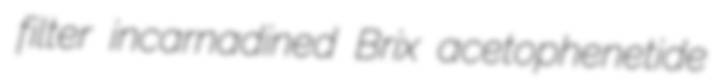
filter incarnadined Brix acetophenetide